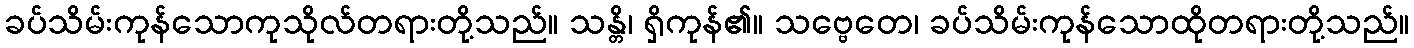
ခပ်သိမ်းကုန်သောကုသိုလ်တရားတို့သည်။ သန္တိ၊ ရှိကုန်၏။ သဗ္ဗေတေ၊ ခပ်သိမ်းကုန်သောထိုတရားတို့သည်။